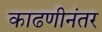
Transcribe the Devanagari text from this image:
काढणीनंतर